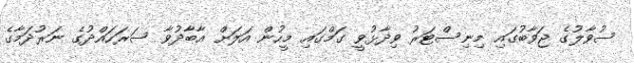
ސުވާލުގެ ޖަވާބުގައި މިނިސްޓަރު ވިދާޅުވީ ގަމްގައި މީހުން އަލަށް އާބާދުވާ ސަރަހައްދުގެ ނަރުދަމާގެ